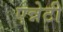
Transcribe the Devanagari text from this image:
एन्नेटी